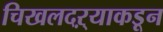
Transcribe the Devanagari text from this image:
चिखलदऱ्याकडून